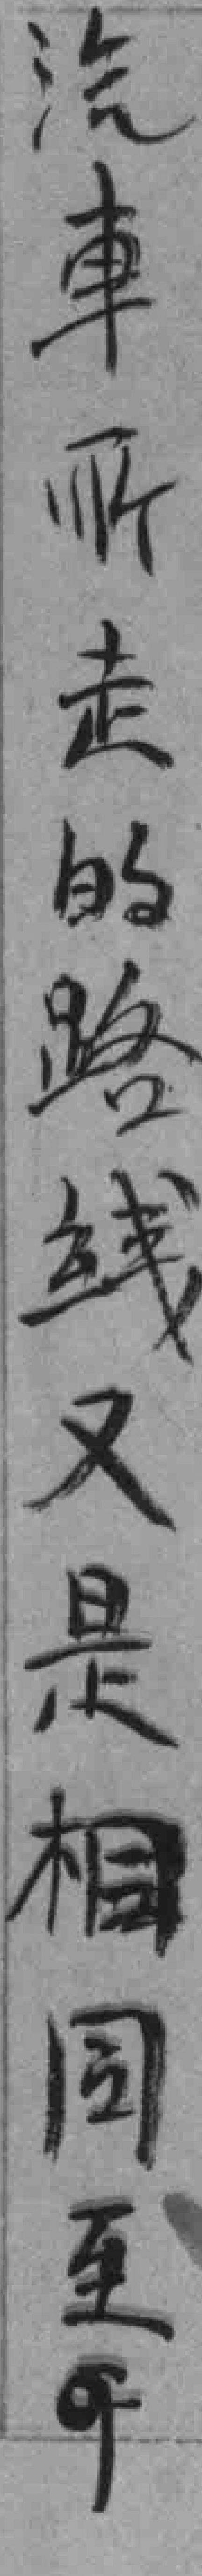
汽車所走的路线又是相同至*